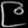
Digit: ၉